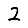
Digit: 2